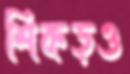
শিকড়ও